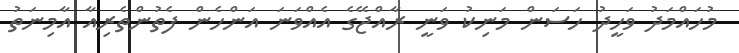
މުހައްމަދު ވަހީދު ހަސަން މަނިކު ވަނީ ރާއްޖޭގެ އެއްވަނަ އަންހެން ފެތުންތެރިއާ އާމިނަތު